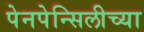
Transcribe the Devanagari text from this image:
पेनपेन्सिलीच्या